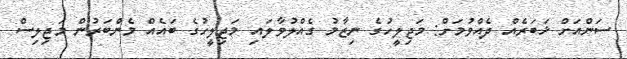
ސަންއަށް ޚަބަރެއް ދެއްވުމަށް: މަޖިލީހުގެ ނިޒާމު ގެއްލުވާލައި މަޖިލީހުގެ ބައެއް މެންބަރުން މަޖިލިސް